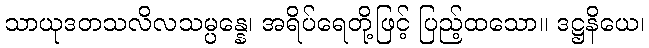
သာယုဒတသလိလသမ္ပန္နေ၊ အရိပ်ရေတို့ဖြင့် ပြည့်ထသော။ ဒဋ္ဌနိယေ၊